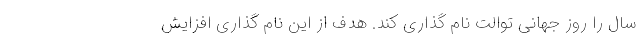
سال را روز جهانی توالت نام گذاری کند. هدف از این نام گذاری افزایش